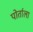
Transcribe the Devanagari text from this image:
पोर्ताला